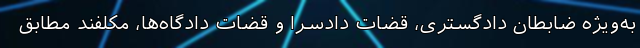
به‌ویژه ضابطان دادگستری، قضات دادسرا و قضات دادگاه‌ها، مکلفند مطابق